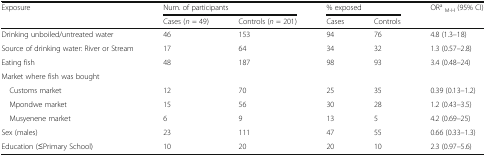
<table><thead><tr><td rowspan="2"><b>Exposure</b></td><td colspan="2"><b>Num. of participants</b></td><td colspan="2"><b>% exposed</b></td><td rowspan="2"><b>OR<sup>a</sup><sub>M-H</sub> (95% CI)</b></td></tr><tr><td><b>Cases (<i>n</i> = 49)</b></td><td><b>Controls (<i>n</i> = 201)</b></td><td><b>Cases</b></td><td><b>Controls</b></td></tr></thead><tbody><tr><td>Drinking unboiled/untreated water</td><td>46</td><td>153</td><td>94</td><td>76</td><td>4.8 (1.3–18)</td></tr><tr><td>Source of drinking water: River or Stream</td><td>17</td><td>64</td><td>34</td><td>32</td><td>1.3 (0.57–2.8)</td></tr><tr><td>Eating fish</td><td>48</td><td>187</td><td>98</td><td>93</td><td>3.4 (0.48–24)</td></tr><tr><td colspan="6">Market where fish was bought</td></tr><tr><td> Customs market</td><td>12</td><td>70</td><td>25</td><td>35</td><td>0.39 (0.13–1.2)</td></tr><tr><td> Mpondwe market</td><td>15</td><td>56</td><td>30</td><td>28</td><td>1.2 (0.43–3.5)</td></tr><tr><td> Musyenene market</td><td>6</td><td>9</td><td>13</td><td>5</td><td>4.2 (0.69–25)</td></tr><tr><td>Sex (males)</td><td>23</td><td>111</td><td>47</td><td>55</td><td>0.66 (0.33–1.3)</td></tr><tr><td>Education (≤Primary School)</td><td>10</td><td>20</td><td>20</td><td>10</td><td>2.3 (0.97–5.6)</td></tr></tbody></table>